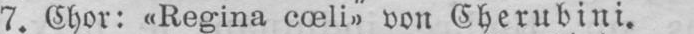
7. Chor: «Regina cœli» von Cherubini.